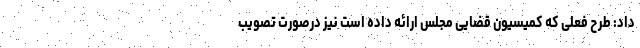
داد: طرح فعلی که کمیسیون قضایی مجلس ارائه داده است نیز درصورت تصویب